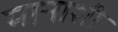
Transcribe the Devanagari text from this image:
मानाशी